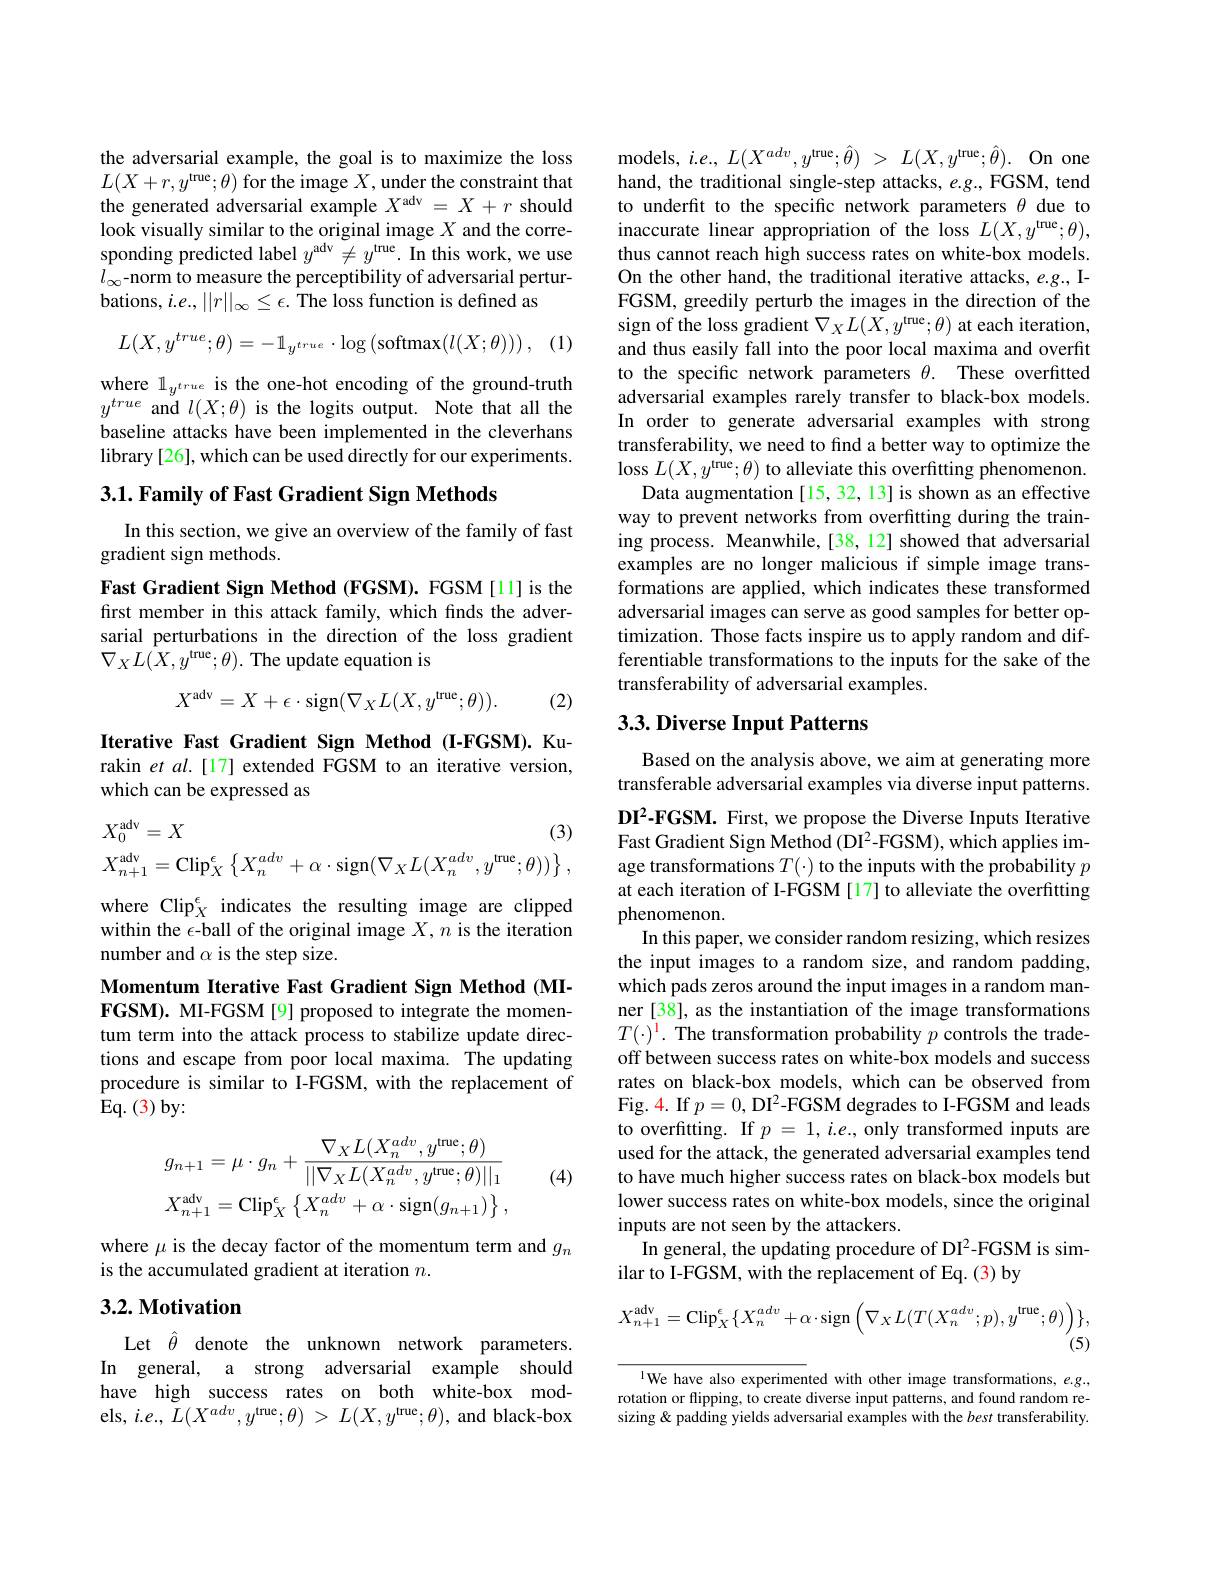
the adversarial example, the goal is to maximize the loss $L(X+r,y^{\mathrm{true}};\theta)$ for the image $X$,under the constraint that the generated adversarial example $X^\mathrm{adv}=X+r$ should look visually similar to the original image $X$ and the corresponding predicted label $y^\mathrm{adv}\neq y^\mathrm{true}.$ In this work, we use $l_{\infty}$-norm to measure the perceptibility of adversarial perturbations, $i.e.,||r||_{\infty}\leq\epsilon.$ The loss function is defined as

(1)
$$L(X,y^{true};\theta)=-\mathbb{1}_{y^{true}}\cdot\log\left(\mathrm{softmax}(l(X;\theta))\right),$$
where $1_{y^{true}}$ is the one-hot encoding of the ground-truth $y^{true}$ and $l(X;\theta)$ is the logits output. Note that all the baseline attacks have been implemented in the cleverhans library [26], which can be used directly for our experiments.

$3. 1. \textbf{Family of Fast Gradient Sign Methods}$

In this section, we give an overview of the family of fast
gradient sign methods.

Fast Gradient Sign Method (FGSM). FGSM[1] is the first member in this attack family, which finds the adversarial perturbations in the direction of the loss gradient $\nabla_{X}L(X,y^{\mathrm{true}};\theta).$ The update equation is
$$X^{\mathrm{adv}}=X+\epsilon\cdot\mathrm{sign}(\nabla_{X}L(X,y^{\mathrm{true}};\theta)).$$
(2)

Iterative Fast Gradient Sign Method (I-FGSM).Kurakin et al.[17] extended FGSM to an iterative version, which can be expressed as
$$X_{0}^{\mathrm{adv}}=X\text{(3)}\\X_{n+1}^{\mathrm{adv}}=\mathrm{Clip}_{X}^{\epsilon}\left\{X_{n}^{adv}+\alpha\cdot\mathrm{sign}(\nabla_{X}L(X_{n}^{adv},y^{\mathrm{true}};\theta))\right\},$$
where Clip$_X^\epsilon$ indicates the resulting image are clipped within the $\epsilon$-ball of the original image $X,n$ is the iteration number and $\alpha$ is the step size.

Momentum Iterative Fast Gradient Sign Method (MIFGSM). MI-FGSM[9] proposed to integrate the momentum term into the attack process to stabilize update directions and escape from poor local maxima. The updating procedure is similar to I-FGSM, with the replacement of Eq. ( 3) by:
$$g_{n+1}=\mu\cdot g_{n}+\frac{\nabla_{X}L(X_{n}^{adv},y^{\mathrm{true}};\theta)}{||\nabla_{X}L(X_{n}^{adv},y^{\mathrm{true}};\theta)||_{1}}\\X_{n+1}^{\mathrm{adv}}=\mathrm{Clip}_{X}^{\epsilon}\left\{X_{n}^{adv}+\alpha\cdot\mathrm{sign}(g_{n+1})\right\},$$
(4)

where $\mu$ is the decay factor of the momentum term and $g_n$
is the accumulated gradient at iteration $n.$

## $3. 2. \textbf{Motivation}$

Let $\hat{\theta}$ denote the unknown network parameters. In general, a strong adversarial example should have high success rates on both white-box models, $i.e.,~L(X^{adv},y^{\mathrm{true}};\theta)~>~L(X,y^{\mathrm{true}};\theta),~$and black-box

${\mathrm{models, ~i. e. , ~}L( X^{adv}, y^{\mathrm{true}}; \hat{\theta } ) }$ > $L( X, y^{\mathrm{true}}; \hat{\theta } ) .$ ${\mathrm{On~one}}$ hand, the traditional single-step attacks, e.g., FGSM, tend to underfit to the specific network parameters $\theta$ due to inaccurate linear appropriation of the loss $L(X,y^\mathrm{true};\theta)$, thus cannot reach high success rates on white-box models. On the other hand, the traditional iterative attacks, e.g., IFGSM, greedily perturb the images in the direction of the sign of the loss gradient $\nabla_XL(X,y^{\mathrm{true}};\theta)$ at each iteration, and thus easily fall into the poor local maxima and overfit to the specific network parameters $\theta .$ These overfitted adversarial examples rarely transfer to black-box models. In order to generate adversarial examples with strong transferability, we need to find a better way to optimize the loss $L(X,y^{\mathrm{true}};\theta)$ to alleviate this overfitting phenomenon.
Data augmentation [15, 32, 13] is shown as an effective way to prevent networks from overfitting during the training process. Meanwhile, [38, 12] showed that adversarial examples are no longer malicious if simple image transformations are applied, which indicates these transformed adversarial images can serve as good samples for better optimization. Those facts inspire us to apply random and differentiable transformations to the inputs for the sake of the transferability of adversarial examples.

## 3.3. Diverse Input Patterns

Based on the analysis above, we aim at generating more transferable adversarial examples via diverse input patterns. DI2-FGSM. First, we propose the Diverse Inputs Iterative Fast Gradient Sign Method (DI2-FGSM), which applies image transformations $T(\cdot)$ to the inputs with the probability $p$ at each iteration of I-FGSM [17] to alleviate the overfitting phenomenon.
In this paper, we consider random resizing, which resizes the input images to a random size, and random padding, which pads zeros around the input images in a random manner [38], as the instantiation of the image transformations $T(\cdot)^{\color{red}{1}}.$ The transformation probability $p$ controls the tradeoff between success rates on white-box models and success rates on black-box models, which can be observed from Fig. 4. If $p=0$, DI2-FGSM degrades to I-FGSM and leads to overfitting. If $p=1,i.e.$, only transformed inputs are used for the attack, the generated adversarial examples tend to have much higher success rates on black-box models but lower success rates on white-box models, since the original inputs are not seen by the attackers.
In general, the updating procedure of DI2-FGSM is sim-
ilar to I-FGSM, with the replacement of Eq. (3) by
$$X_{n+1}^{\mathrm{adv}}=\mathrm{Clip}_{X}^{\epsilon}\{X_{n}^{adv}+\alpha\cdot\mathrm{sign}\left(\nabla_{X}L(T(X_{n}^{adv};p),y^{\mathrm{true}};\theta)\right)\},$$
$^{\text{l}}$We have also experimented with other image transformations, $e.g.$, rotation or flipping, to create diverse input patterns, and found random resizing& padding yields adversarial examples with the best transferability.